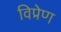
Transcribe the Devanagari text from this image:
विप्रेण